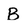
Character: B